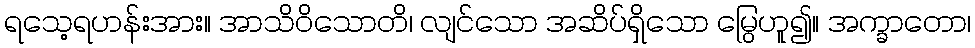
ရသေ့ရဟန်းအား။ အာသိဝိသောတိ၊ လျင်သော အဆိပ်ရှိသော မြွေဟူ၍။ အက္ခာတော၊